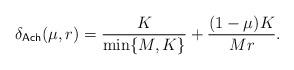
LaTeX: \begin{align*}\delta_{\mathsf{Ach}}(\mu,r) = \frac{K}{\min\{M,K\}}+\frac{(1-\mu)K}{Mr}.\end{align*}